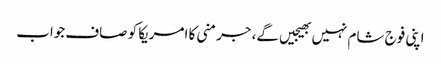
اپنی فوج شام نہیں بھیجیں گے، جرمنی کا امریکا کو صاف جواب